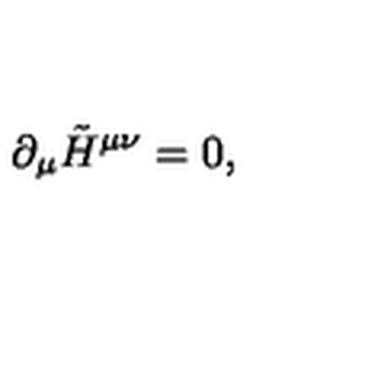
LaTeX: \partial _ { \mu } \tilde { H } ^ { \mu \nu } = 0 ,